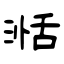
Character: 湉